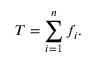
T = \sum _ { i = 1 } ^ { n } f _ { i } .